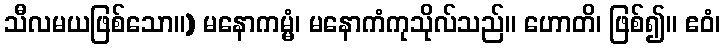
သီလမယဖြစ်သော။) မနောကမ္မံ၊ မနောကံကုသိုလ်သည်။ ဟောတိ၊ ဖြစ်၍။ ဧဝံ၊